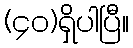
(၄၀)ရှိပါပြီ။